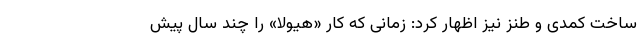
ساخت کمدی و طنز نیز اظهار کرد: زمانی که کار «هیولا» را چند سال پیش